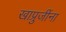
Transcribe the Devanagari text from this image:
खाप्रुजींना